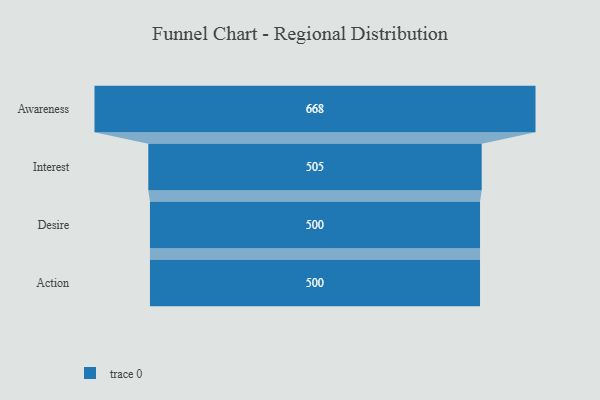
{"axis": {"x": "Stage", "y": "Value"}, "legend": [""], "data": [{"x": "Awareness", "y": 668.0, "type": ""}, {"x": "Interest", "y": 505.0, "type": ""}, {"x": "Desire", "y": 500, "type": ""}, {"x": "Action", "y": 500, "type": ""}]}